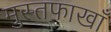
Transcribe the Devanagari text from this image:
मुस्तफाखाँ